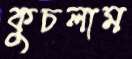
কুচলাম